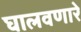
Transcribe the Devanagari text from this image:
घालवणारे